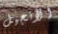
الأنجيل